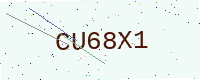
Text: CU68X1